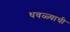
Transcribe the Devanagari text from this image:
धवळ्याची